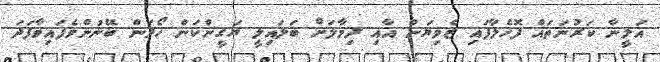
އަލީނާ ކަރުނަތައް ފޮހެލާފައި ޒެވިޔަން އާއި ދިމާލަށް ބަލައިލީ ޔަގީންކަން ހޯދަން ބޭނުންވެފައިވާފަދަ